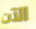
الآن